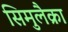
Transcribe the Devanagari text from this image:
सिमुलैक्रा